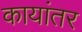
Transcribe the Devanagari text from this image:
कायांतर